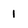
Character: 1